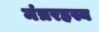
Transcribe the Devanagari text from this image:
मंत्ररहस्य